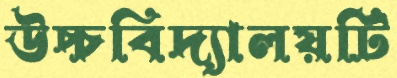
উচ্চবিদ্যালয়টি